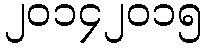
၂၀၁၄၂၀၁၅